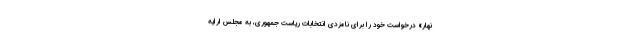
نهار» درخواست خود را برای نامزدی انتخابات ریاست جمهوری، به مجلس ارایه